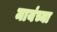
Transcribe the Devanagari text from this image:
मायंच्या